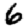
Digit: 6